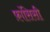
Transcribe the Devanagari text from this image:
फ़ांसिसी